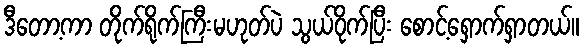
ဒီတော့ကာ တိုက်ရိုက်ကြီးမဟုတ်ပဲ သွယ်ဝိုက်ပြီး စောင့်ရှောက်ရှာတယ်။